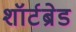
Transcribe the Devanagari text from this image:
शॉर्टब्रेड